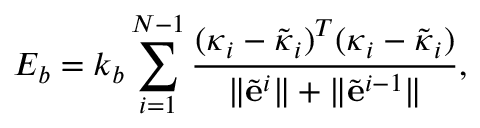
E _ { b } = k _ { b } \sum _ { i = 1 } ^ { N - 1 } \frac { ( \boldsymbol \kappa _ { i } - \tilde { \boldsymbol \kappa } _ { i } ) ^ { T } ( \boldsymbol \kappa _ { i } - \tilde { \boldsymbol \kappa } _ { i } ) } { \lVert \tilde { \mathbf e } ^ { i } \rVert + \lVert \tilde { \mathbf e } ^ { i - 1 } \rVert } ,